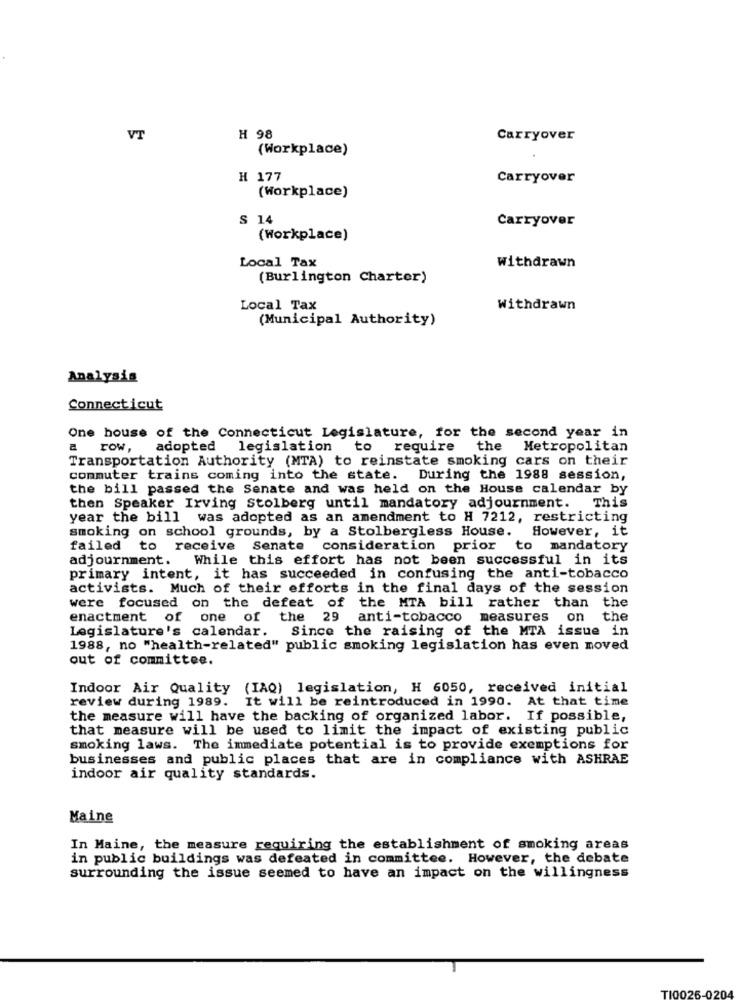
VT
H 98
Carryover
(Workplace)
H 177
Carryover
(Workplace)
S 14
Carryover
(Workplace)
Local Tax
Withdrawn
(Burlington Charter)
Local Tax
Withdrawn
(Municipal Authority)
Analysis
Connecticut
One house of the Connecticut Legislature, for the second year in
a
row,
adopted legislation to require
the Metropolitan
Transportation Authority (MTA) to reinstate smoking cars on their
commuter trains coming into the state. During the 1988 session,
the bill passed the Senate and was held on the House calendar by
then Speaker Irving Stolberg until mandatory adjournment. This
year the bill was adopted as an amendment to H 7212, restricting
smoking on school grounds, by a Stolbergless House. However, it
failed to receive Senate consideration prior to mandatory
adjournment. While this effort has not been successful in its
primary intent, it has succeeded in confusing the anti-tobacco
activists. Much of their efforts in the final days of the session
were focused on the defeat of the MTA bill rather than the
enactment of one of the 29 anti-tobacco
measures on the
Legislature's calendar.
Since the raising of the MTA issue in
1988, no "health-related" public smoking legislation has even moved
out of committee.
Indoor Air Quality (IAQ) legislation, H 6050, received initial
review during 1989. It will be reintroduced in 1990. At that time
the measure will have the backing of organized labor. If possible,
that measure will be used to limit the impact of existing public
smoking laws. The immediate potential is to provide exemptions for
businesses and public places that are in compliance with ASHRAE
indoor air quality standards.
Maine
In Maine, the measure requiring the establishment of smoking areas
in public buildings was defeated in committee. However, the debate
surrounding the issue seemed to have an impact on the willingness